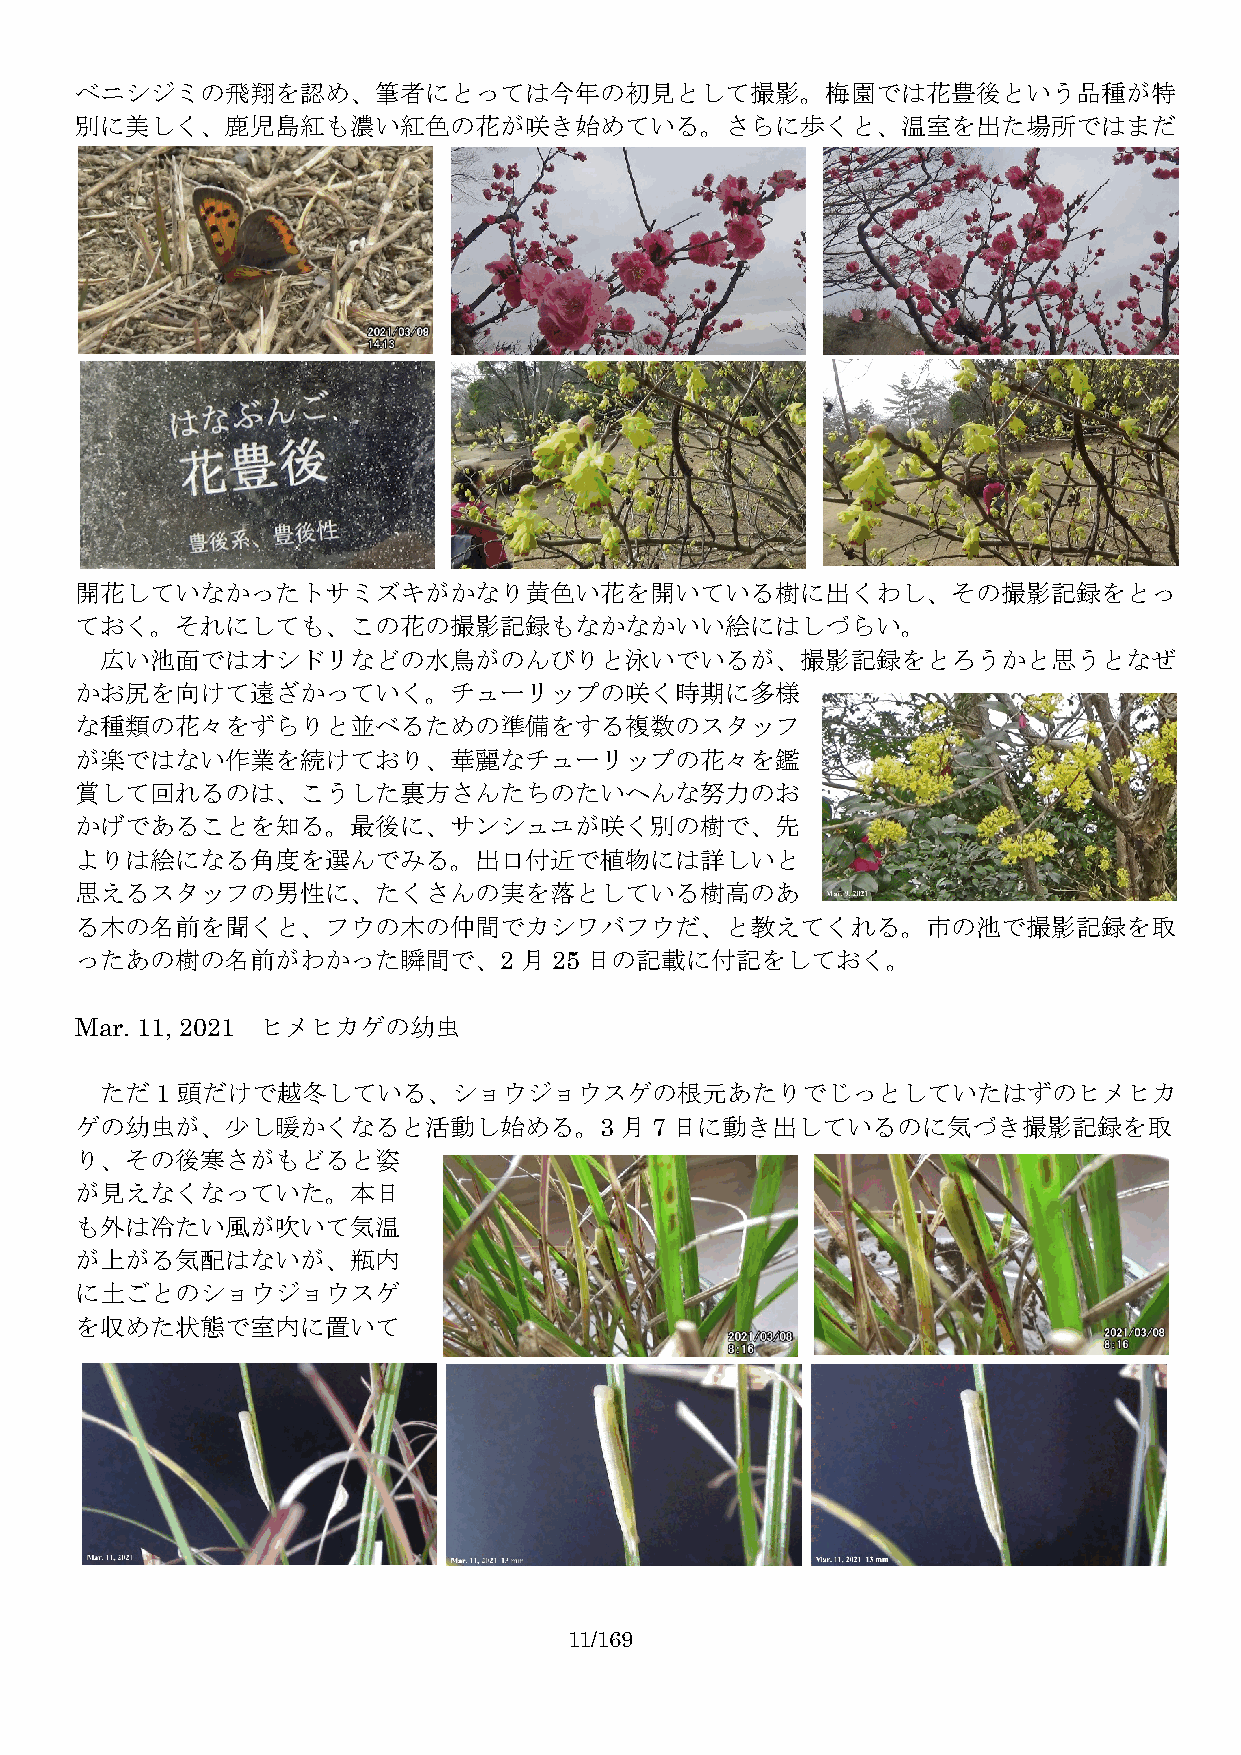
ベニシジミの飛翔を認め、筆者にとっては今年の初見として撮影。梅園では花豊後という品種が特
 別に美しく、鹿児島紅も濃い紅色の花が咲き始めている。さらに歩くと、温室を出た場所ではまだ
 開花していなかったトサミズキがかなり黄色い花を開いている樹に出くわし、その撮影記録をとっ
 ておく。それにしても、この花の撮影記録もなかなかいい絵にはしづらい。
 広い池面ではオシドリなどの水鳥がのんびりと泳いでいるが、撮影記録をとろうかと思うとなぜ
 かお尻を向けて遠ざかっていく。チューリップの咲く時期に多様
 な種類の花々をずらりと並べるための準備をする複数のスタッフ
 が楽ではない作業を続けており、華麗なチューリップの花々を鑑
 賞して回れるのは、こうした裏方さんたちのたいへんな努力のお
 かげであることを知る。最後に、サンシュユが咲く別の樹で、先
 よりは絵になる角度を選んでみる。出口付近で植物には詳しいと
 思えるスタッフの男性に、たくさんの実を落としている樹高のあ
 る木の名前を聞くと、フウの木の仲間でカシワバフウだ、と教えてくれる。市の池で撮影記録を取
 ったあの樹の名前がわかった瞬間で、2           月25  日の記載に付記をしておく。
 Mar. 11, 2021 ヒメヒカゲの幼虫
 ただ1  頭だけで越冬している、ショウジョウスゲの根元あたりでじっとしていたはずのヒメヒカ
 ゲの幼虫が、少し暖かくなると活動し始める。3              月7 日に動き出しているのに気づき撮影記録を取
 り、その後寒さがもどると姿
 が見えなくなっていた。本日
 も外は冷たい風が吹いて気温
 が上がる気配はないが、瓶内
 に土ごとのショウジョウスゲ
 を収めた状態で室内に置いて
 11/169